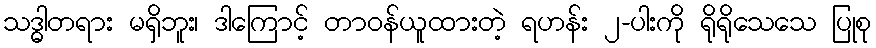
သဒ္ဓါတရား မရှိဘူး၊ ဒါကြောင့် တာဝန်ယူထားတဲ့ ရဟန်း ၂-ပါးကို ရိုရိုသေသေ ပြုစု